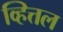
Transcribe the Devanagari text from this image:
व्हित्तल